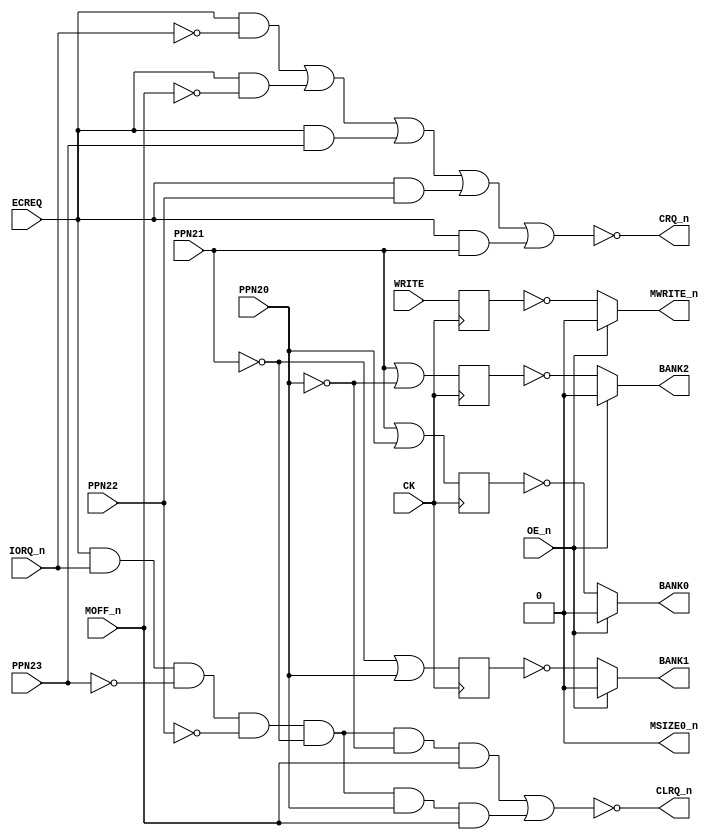
// PAL16R4
// ADGD 18/8/86
// 44445B,9G,CADEC
// CPU ADDRESS DECODER FOR 4MB MEMORY

// PCB 3202D sheet 45:
//
// PAL input signal CGNT_n is connected to PAL OE_n pin
//     input signal CLK is connectec to PAL CK pin

module PAL_44445B(
    input CK,           // Clock signal
    input OE_n,         // OUTPUT ENABLE (active-low) for Q0-Q3

    input WRITE,        // I0 - WRITE
    input IORQ_n,       // I1 - IORQ_n
    input MOFF_n,       // I2 - MOFF_n 
//  input PPN19,        // I3 - PPN19  // Not in use in logic. Uncomment when needed.
    input PPN20,        // I4 - PPN20 
    input PPN21,        // I5 - PPN21
    input PPN22,        // I6 - PPN22
    input PPN23,        // I7 - PPN23                       
                    
    output MSIZE0_n,    // B0_n - MSIZE0_n (not connected?)
    output CLRQ_n,      // B1_n - CLRQ_n 
    output CRQ_n,       // B2_n - CRQ_n
    input  ECREQ,       // B3_n - ECREQ

    output BANK2,       // Q0_n - BANK2
    output BANK1,       // Q1_n - BANK1
    output BANK0,       // Q2_n - BANK0
    output MWRITE_n     // Q3_n - MWRITE_n
);

// Inverted input signals
wire PPN20_n = ~PPN20;
wire PPN21_n = ~PPN21;  
wire PPN22_n = ~PPN22;
wire PPN23_n = ~PPN23;
wire MOFF = ~MOFF_n;
wire IORQ = ~IORQ_n;

// Internal registers
reg BANK0_n_reg;
reg BANK1_n_reg;
reg BANK2_n_reg;
reg MWRITE_reg;



//**** Sequential logic triggered on the rising edge of CLK ****
always @(posedge CK) begin   

    // Logic for BANK0, BANK1, BANK2
    BANK0_n_reg <= PPN21   | PPN20;
    BANK2_n_reg <= PPN21   | PPN20_n;
    BANK1_n_reg <= PPN21_n | PPN20;

    // Logic for MWRITE
    MWRITE_reg <= WRITE;
end

// Tri-state control for Q outputs
// High-impedance state when OE_n is high (active-low)
assign BANK2 = OE_n ? 1'b0 : ~BANK2_n_reg;
assign BANK1 = OE_n ? 1'b0 : ~BANK1_n_reg;
assign BANK0 = OE_n ? 1'b0 : ~BANK0_n_reg;
assign MWRITE_n = OE_n ? 1'b0 : ~MWRITE_reg;


//**** Syncronous logic (always running) ****

// Logic for CLRQ_n (active-low)
assign CLRQ_n = ~(
                    (ECREQ & IORQ_n & PPN23_n & PPN22_n & PPN21_n & PPN20_n & MOFF_n) | // EACH LINE R
                                                                                        // TO ALLOW MA

                    (ECREQ & IORQ_n & PPN23_n & PPN22_n & PPN21_n & PPN20 & MOFF_n)     // IN THE ADDR
                                                                                        // THE 4MB (2M
                                                                                        // NEED NO HOL
);

// Logic for CRQ_n (active-low)
assign CRQ_n = ~(
                    (ECREQ & IORQ)  | // ECREQ WILL HOLD UNTIL
                    (ECREQ & MOFF)  |
                    (ECREQ & PPN23) |
                    (ECREQ & PPN22) |
                    (ECREQ & PPN21)
);



// MSIZE0 is always high (VCC)
assign MSIZE0_n = 0; // Active-low representation of a constant high signal

endmodule